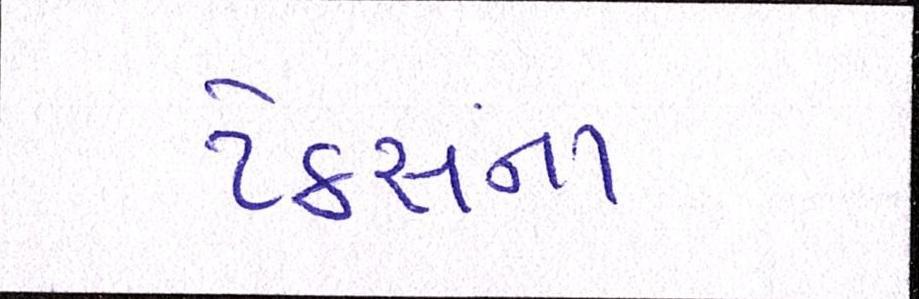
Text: ટેક્સના